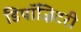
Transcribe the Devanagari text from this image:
डिपॉज़िटरी